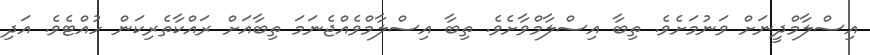
އިސްލާމްދީނަށް ވަނުމަށެވެ. ތިބާ އިސްލާމްވާށެވެ. ތިބާ އިސްލާމްވެއްޖެނަމަ ތިބާއަށް ރައްކާތެރިކަން ހުއްޓެވެ. އަދި